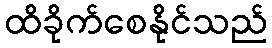
ထိခိုက်စေနိုင်သည်